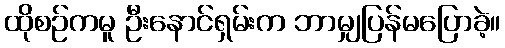
ထိုစဉ်ကမူ ဦးနောင်ရှမ်းက ဘာမျှပြန်မပြောခဲ့။